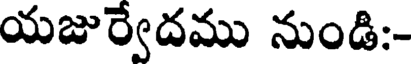
యజుర్వేదము నుండి:-